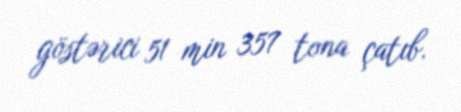
göstərici 51 min 357 tona çatıb.